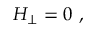
{ \cal H } _ { \perp } = 0 \ ,